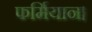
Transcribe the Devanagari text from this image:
फर्मियान।